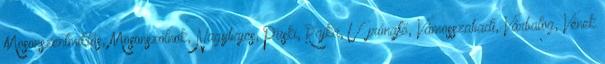
Mosonszentmiklós, Mosonszolnok, Nagybajcs, Püski, Rajka, Újrónafő, Vámosszabadi, Várbalog, Vének